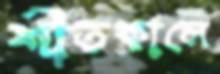
শীতকালে